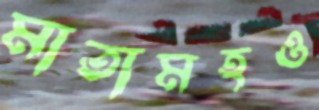
মাতামহও